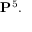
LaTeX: \mathbf { P } ^ { 5 } .